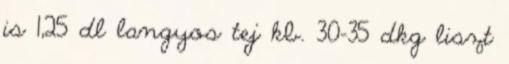
is 1,25 dl langyos tej kb. 30-35 dkg liszt